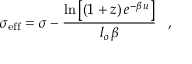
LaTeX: \sigma _ { \mathrm { e f f } } = \sigma - \frac { \mathrm { l n } \left[ ( 1 + z ) \, e ^ { - \beta \, u } \right] } { l _ { o } \, \beta } \, \, \, \, \, , \, \, \, \, \,